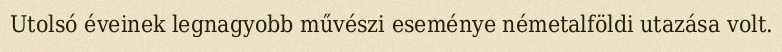
Utolsó éveinek legnagyobb művészi eseménye németalföldi utazása volt.